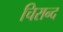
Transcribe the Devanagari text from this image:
चिरान्द